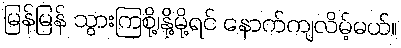
မြန်မြန် သွားကြစို့၊နို့မို့ရင် နောက်ကျလိမ့်မယ်။